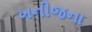
ખનીજના